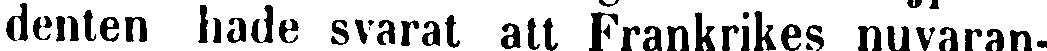
denten hade svarat att Frankrikes nuvaran-